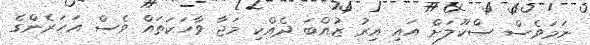
ނަމަވެސް ސްކޫލަށް އައި އިރު ޒުއްބަ ދެއްކި މަޖާ ވާހަކަތައް ވެސް އަހަރެންގެ